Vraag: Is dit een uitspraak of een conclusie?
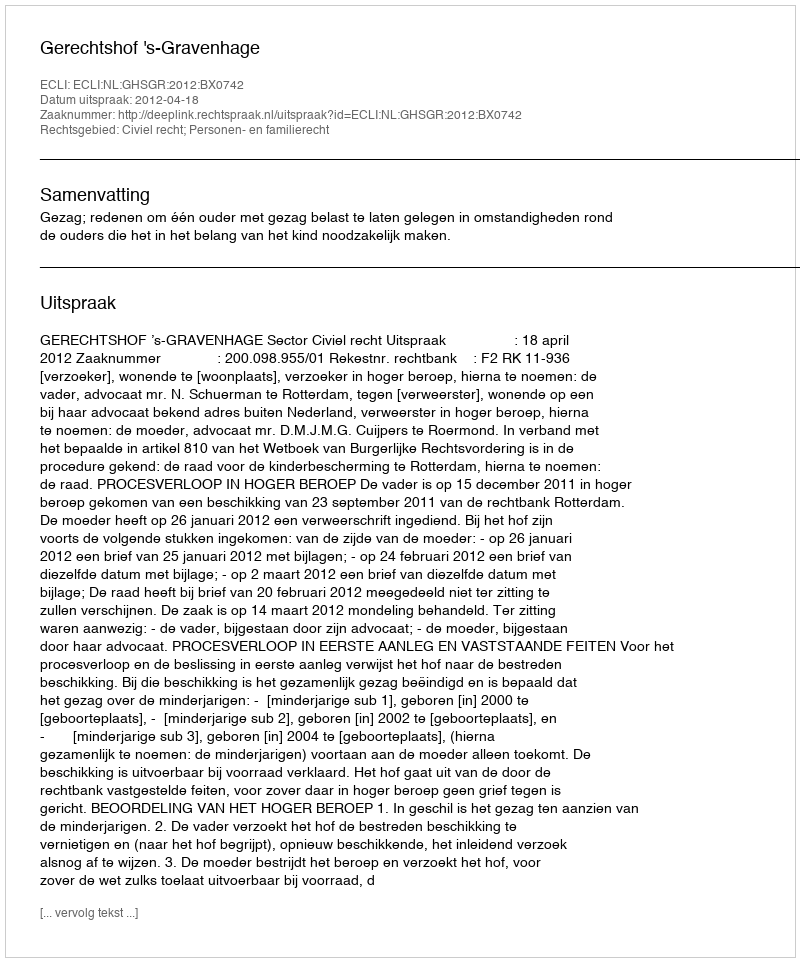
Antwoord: Uitspraak